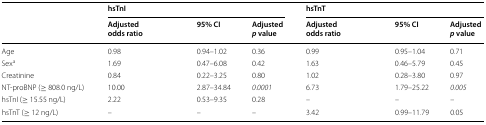
| <ROWSPAN=2>  | <COLSPAN=3> hsTnI | <COLSPAN=3> hsTnT |
 | Adjusted odds ratio | 95% CI | Adjustedp value | Adjusted odds ratio | 95% CI | Adjustedp value |
 | --- | --- | --- | --- | --- | --- | --- |
 | Age | 0.98 | 0.94–1.02 | 0.36 | 0.99 | 0.95–1.04 | 0.71 |
 | Sexa | 1.69 | 0.47–6.08 | 0.42 | 1.63 | 0.46–5.79 | 0.45 |
 | Creatinine | 0.84 | 0.22–3.25 | 0.80 | 1.02 | 0.28–3.80 | 0.97 |
 | NT-proBNP (≥ 808.0 ng/L) | 10.00 | 2.87–34.84 | 0.0001 | 6.73 | 1.79–25.22 | 0.005 |
 | hsTnI (≥ 15.55 ng/L) | 2.22 | 0.53–9.35 | 0.28 | – | – | – |
 | hsTnT (≥ 12 ng/L) | – | – | – | 3.42 | 0.99–11.79 | 0.05 |